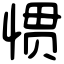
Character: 惯